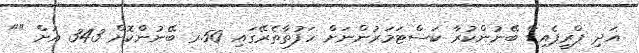
އަދި ޕްރީޕެއިޑް ބޭނުންކުރާ ކަސްޓަމަރުންނަށް ހަފުތާތެރޭގައި 50.ރ ބޭނުންކޮށް 343 އަށް ""